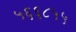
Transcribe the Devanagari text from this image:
५६६८५५